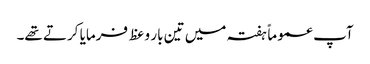
آپ عموماًہفتہ میں تین بار وعظ فرمایا کرتے تھے۔